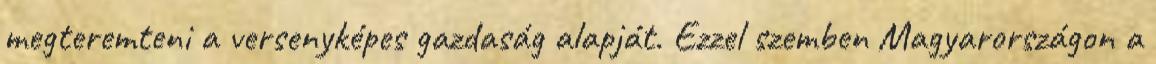
megteremteni a versenyképes gazdaság alapját. Ezzel szemben Magyarországon a